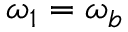
\boldsymbol { \omega } _ { 1 } = \boldsymbol { \omega } _ { b }